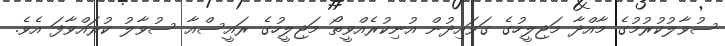
ސުވާލުކުރުމުގެ މާއްދާ މަޖިލީހުގެ ގަވައިދުން އުނިކުރެއްވީތޯ މަޖިލީހުގެ ރައީސްއާ ސުވާލު ކުރައްވާފަ އެވެ.